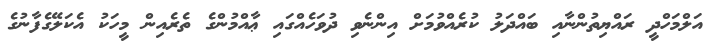
އަލްމަހްދީ ރައްޔިތުންނާއި ބައްދަލު ކުރެއްވުމަށް އިންނެވި ދުވަހެއްގައި ޢާއްމުންގެ ތެރެއިން މީހަކު އެކަލޭގެފާނުގެ